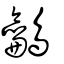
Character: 鸙